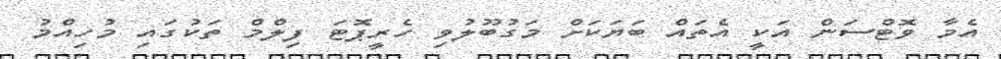
އެމާ ވޮޓްސަން އަކީ އެތައް ބަޔަކަށް މަގުބޫލުވި ހެރީޕޮޓަ ފިލްމް ތަކުގައި މުހިއްމު